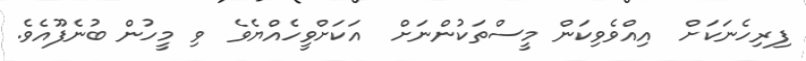
ފިރިހެނަކަށް  އިއްވެވިކަން މީސްތަކުންނަށް  އަކަށްވީހެއްޔެވެ  ވި މީހުން ބުނެފޫއެވެ.